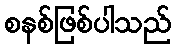
စနစ်ဖြစ်ပါသည်